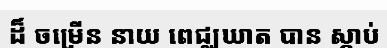
ដ៏ ចម្រើន នាយ ពេជ្ឈឃាត បាន ស្តាប់